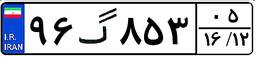
۹۶گ۸۵۳۰۵